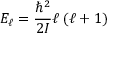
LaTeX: E _ { \ell } = { \frac { \hbar ^ { 2 } } { 2 I } } \ell \left( \ell + 1 \right)